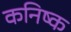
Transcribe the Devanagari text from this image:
कनिष्‍क